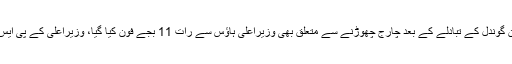
انکوائری افسر نے عدالت کو بتایا کہ رضوان گوندل کے تبادلے کے بعد چارج چھوڑنے سے متعلق بھی وزیراعلیٰ ہاؤس سے رات 11 بجے فون کیا گیا، وزیراعلیٰ کے پی ایس او نے دیگر افسران سے بھی رابطے کیے۔